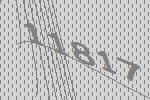
11817